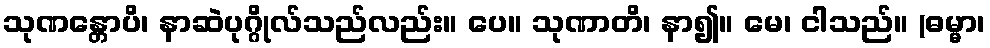
သုဏန္တောပိ၊ နာဆဲပုဂ္ဂိုလ်သည်လည်း။ ပေ။ သုဏာတိ၊ နာ၍။ မေ၊ ငါသည်။ (ဓမ္မာ၊